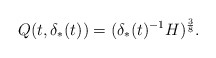
\begin{align*}Q(t,\delta_*(t)) = (\delta_*(t)^{-1}H)^\frac{3}{8}.\end{align*}